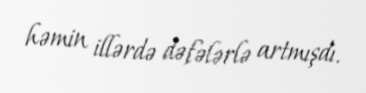
həmin illərdə dəfələrlə artmışdı.